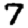
Digit: 7